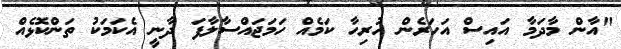
"އާން މާދަމާ އައިސް އަހަރެން ހުރިހާ ކަމެއް ހަމަޖައްސާލާފަ ދާނީ އެކަމަކު ތަންކޮޅެއް